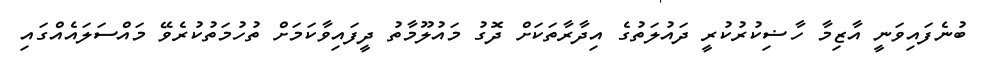
ބުނެފައިވަނީ އާޒިމާ ހާޟިކުރުކުރީ ދައުލަތުގެ އިދާރާތަކަށް ދޮގު މައުލޫމާތު ދީފައިވާކަމަށް ތުހުމަތުކުރެވޭ މައްސަލައެއްގައި